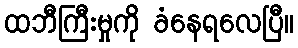
ထဘီကြီးမှုကို ခံနေရလေပြီ။